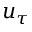
u _ { \tau }